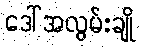
ဒေါ်အလွမ်းချို